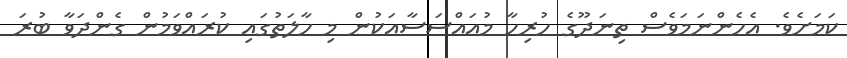
ކަމަށެވެ. އެހެންނަމަވެސް ތިނަދޫގެ ހުރިހާ މުއައްސަސާއަކުން މި ހާލަތުގައި ކުރައްވަމުން ގެންދަވާ ބުރަ